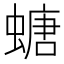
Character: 螗